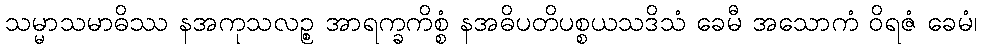
သမ္မာသမာဓိဿ နအကုသလဉ္စ အာရက္ခကိစ္စံ နအဓိပတိပစ္စယသဒိသံ ခေမီ အသောကံ ဝိရဇံ ခေမံ၊